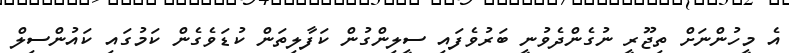
އެ މީހުންނަށް ތިޖޫރީ ނުގެންދެވުނީ ބަރުވެފައި ސީލިންގުން ކަފާލިތަން ކުޑަވެގެން ކަމުގައި ކައުންސިލް